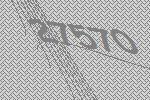
27570